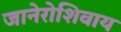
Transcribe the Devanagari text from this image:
जानेरोशिवाय